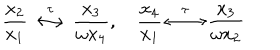
\frac { x _ { 2 } } { x _ { 1 } } \stackrel { \tau } { \longleftrightarrow } \frac { x _ { 3 } } { \omega x _ { 4 } } , ~ { } \frac { x _ { 4 } } { x _ { 1 } } \stackrel { \tau } { \longleftrightarrow } \frac { x _ { 3 } } { \omega x _ { 2 } }